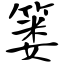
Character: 篓